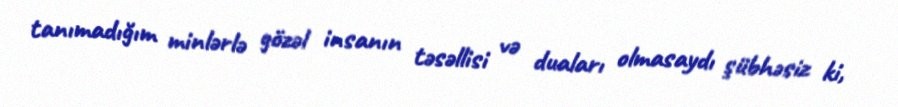
tanımadığım minlərlə gözəl insanın təsəllisi və duaları olmasaydı şübhəsiz ki,